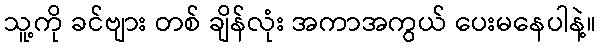
သူ့ကို ခင်ဗျား တစ် ချိန်လုံး အကာအကွယ် ပေးမနေပါနဲ့။